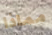
مماذا